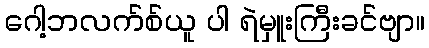
ဂေါ့ဘလက်စ်ယူ ပါ ရဲမှူးကြီးခင်ဗျာ။